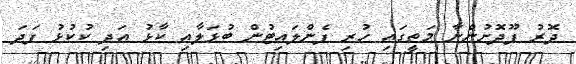
ދޮރު ފޫދޮށުންނާ މަތީގައި ހުރި ފެންލައިޓުން ބުޅަލާއި ކާޅު އަދި ކުކުޅު ފަދަ